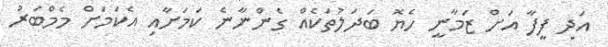
އަދި ފީފާ އަށް ޒަމާނީ ހެޔޮ ބަދަލުތަކެއް ގެންނާނެ ކަމަށާއި އެކަމަށް މެމްބަރު